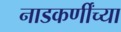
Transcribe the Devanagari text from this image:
नाडकर्णींच्या